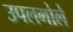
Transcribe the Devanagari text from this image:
उपलगोले